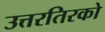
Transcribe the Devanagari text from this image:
उत्तरतिरको